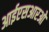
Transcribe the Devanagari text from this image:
आईएसआरओ